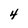
Character: 4